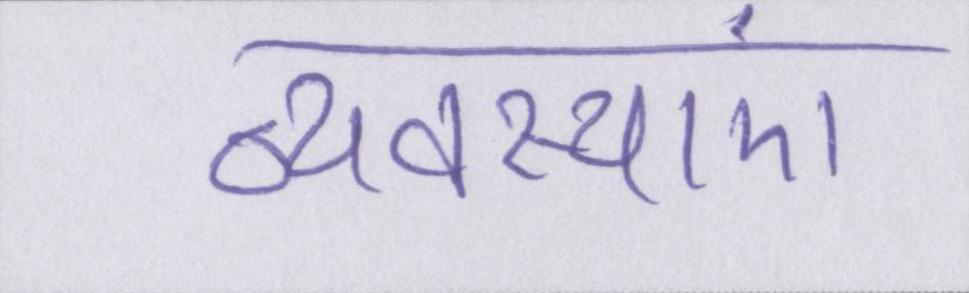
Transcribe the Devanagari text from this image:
व्यवस्थाएं